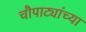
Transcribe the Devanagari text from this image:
चौपाट्यांच्या